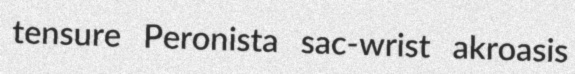
tensure Peronista sac-wrist akroasis